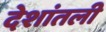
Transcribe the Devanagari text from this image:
देशांतली